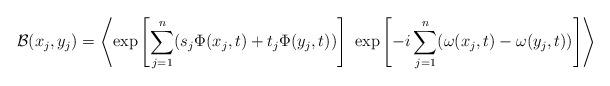
LaTeX: \begin{align*}{\cal{B}}(x_j,y_j)=\left< {\rm exp}\left[\sum_{j=1}^n(s_j\Phi(x_j,t)+t_j\Phi(y_j,t))\right]~{\rm exp}\left[-i\sum_{j=1}^n(\omega(x_j,t)-\omega(y_j,t))\right]\right>\end{align*}